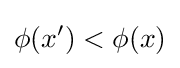
\phi (x')<\phi (x)